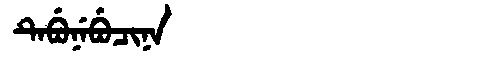
Manchu: ᡨᡝᠪᡠᠨᡝᠪᡠᠴᡳᠨᠠ
Romanization: TEBUNEBUCINA